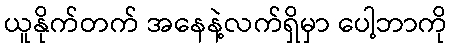
ယူနိုက်တက် အနေနဲ့လက်ရှိမှာ ပေါ့ဘာကို